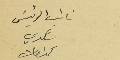
نائب الرئيسَ شكري كنعان